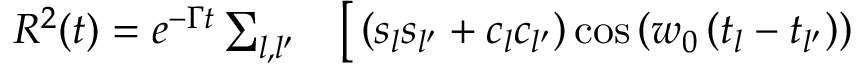
\begin{array} { r l } { R ^ { 2 } ( t ) = e ^ { - \Gamma t } \sum _ { l , l ^ { \prime } } } & { { } \big [ \left( s _ { l } s _ { l ^ { \prime } } + c _ { l } c _ { l ^ { \prime } } \right) \cos \left( w _ { 0 } \left( t _ { l } - t _ { l ^ { \prime } } \right) \right) } \end{array}